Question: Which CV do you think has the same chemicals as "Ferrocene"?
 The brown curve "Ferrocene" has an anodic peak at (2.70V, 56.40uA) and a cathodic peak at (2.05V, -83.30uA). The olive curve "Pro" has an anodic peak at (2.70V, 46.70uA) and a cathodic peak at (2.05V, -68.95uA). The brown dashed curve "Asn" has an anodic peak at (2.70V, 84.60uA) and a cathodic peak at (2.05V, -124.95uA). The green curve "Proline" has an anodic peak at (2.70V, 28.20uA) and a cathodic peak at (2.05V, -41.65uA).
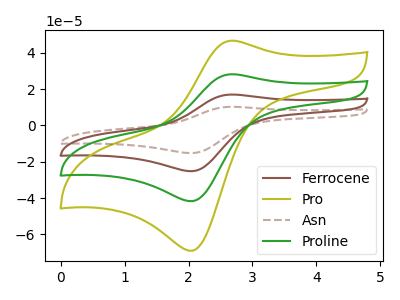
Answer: <think>All the peaks in "Ferrocene" have a peak in "Pro" at the same potential. Every peak in "Ferrocene" is higher than every peak in "Pro". All the peaks in "Ferrocene" have a peak in "Asn" at the same potential. Every peak in "Ferrocene" is lower than every peak in "Asn". All the peaks in "Ferrocene" have a peak in "Proline" at the same potential. Every peak in "Ferrocene" is higher than every peak in "Proline". All the peaks in "Pro" have a peak in "Asn" at the same potential. Every peak in "Pro" is lower than every peak in "Asn". All the peaks in "Pro" have a peak in "Proline" at the same potential. Every peak in "Pro" is higher than every peak in "Proline". All the peaks in "Asn" have a peak in "Proline" at the same potential. Every peak in "Asn" is higher than every peak in "Proline".
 </think>
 <answer>"Ferrocene", "Asn" and "Proline" have a similar shape to "Pro".</answer>
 <eval>"Ferrocene" "Asn" "Proline"</eval>